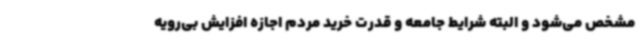
مشخص می‌شود و البته شرایط جامعه و قدرت خرید مردم اجازه افزایش بی‌رویه